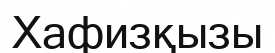
Хафизқызы